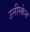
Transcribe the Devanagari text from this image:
उनीस्केन